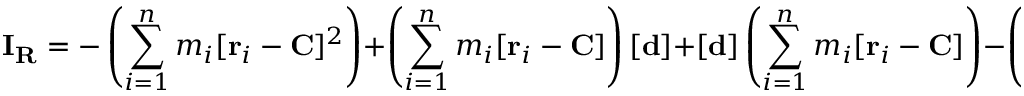
\mathbf { I } _ { \mathbf { R } } = - \left( \sum _ { i = 1 } ^ { n } m _ { i } [ \mathbf { r } _ { i } - \mathbf { C } ] ^ { 2 } \right) + \left( \sum _ { i = 1 } ^ { n } m _ { i } [ \mathbf { r } _ { i } - \mathbf { C } ] \right) [ \mathbf { d } ] + [ \mathbf { d } ] \left( \sum _ { i = 1 } ^ { n } m _ { i } [ \mathbf { r } _ { i } - \mathbf { C } ] \right) - \left( \sum _ { i = 1 } ^ { n } m _ { i } \right) [ \mathbf { d } ] ^ { 2 } .